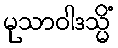
မုသာဝါဒသ္မိံ